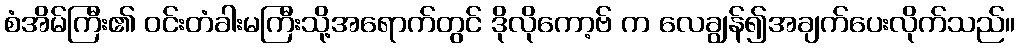
စံအိမ်ကြီး၏ ဝင်းတံခါးမကြီးသို့အရောက်တွင် ဒိုလိုကော့ဗ် က လေချွန်၍အချက်ပေးလိုက်သည်။